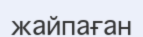
жайпаған